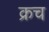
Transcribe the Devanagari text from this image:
क्रच